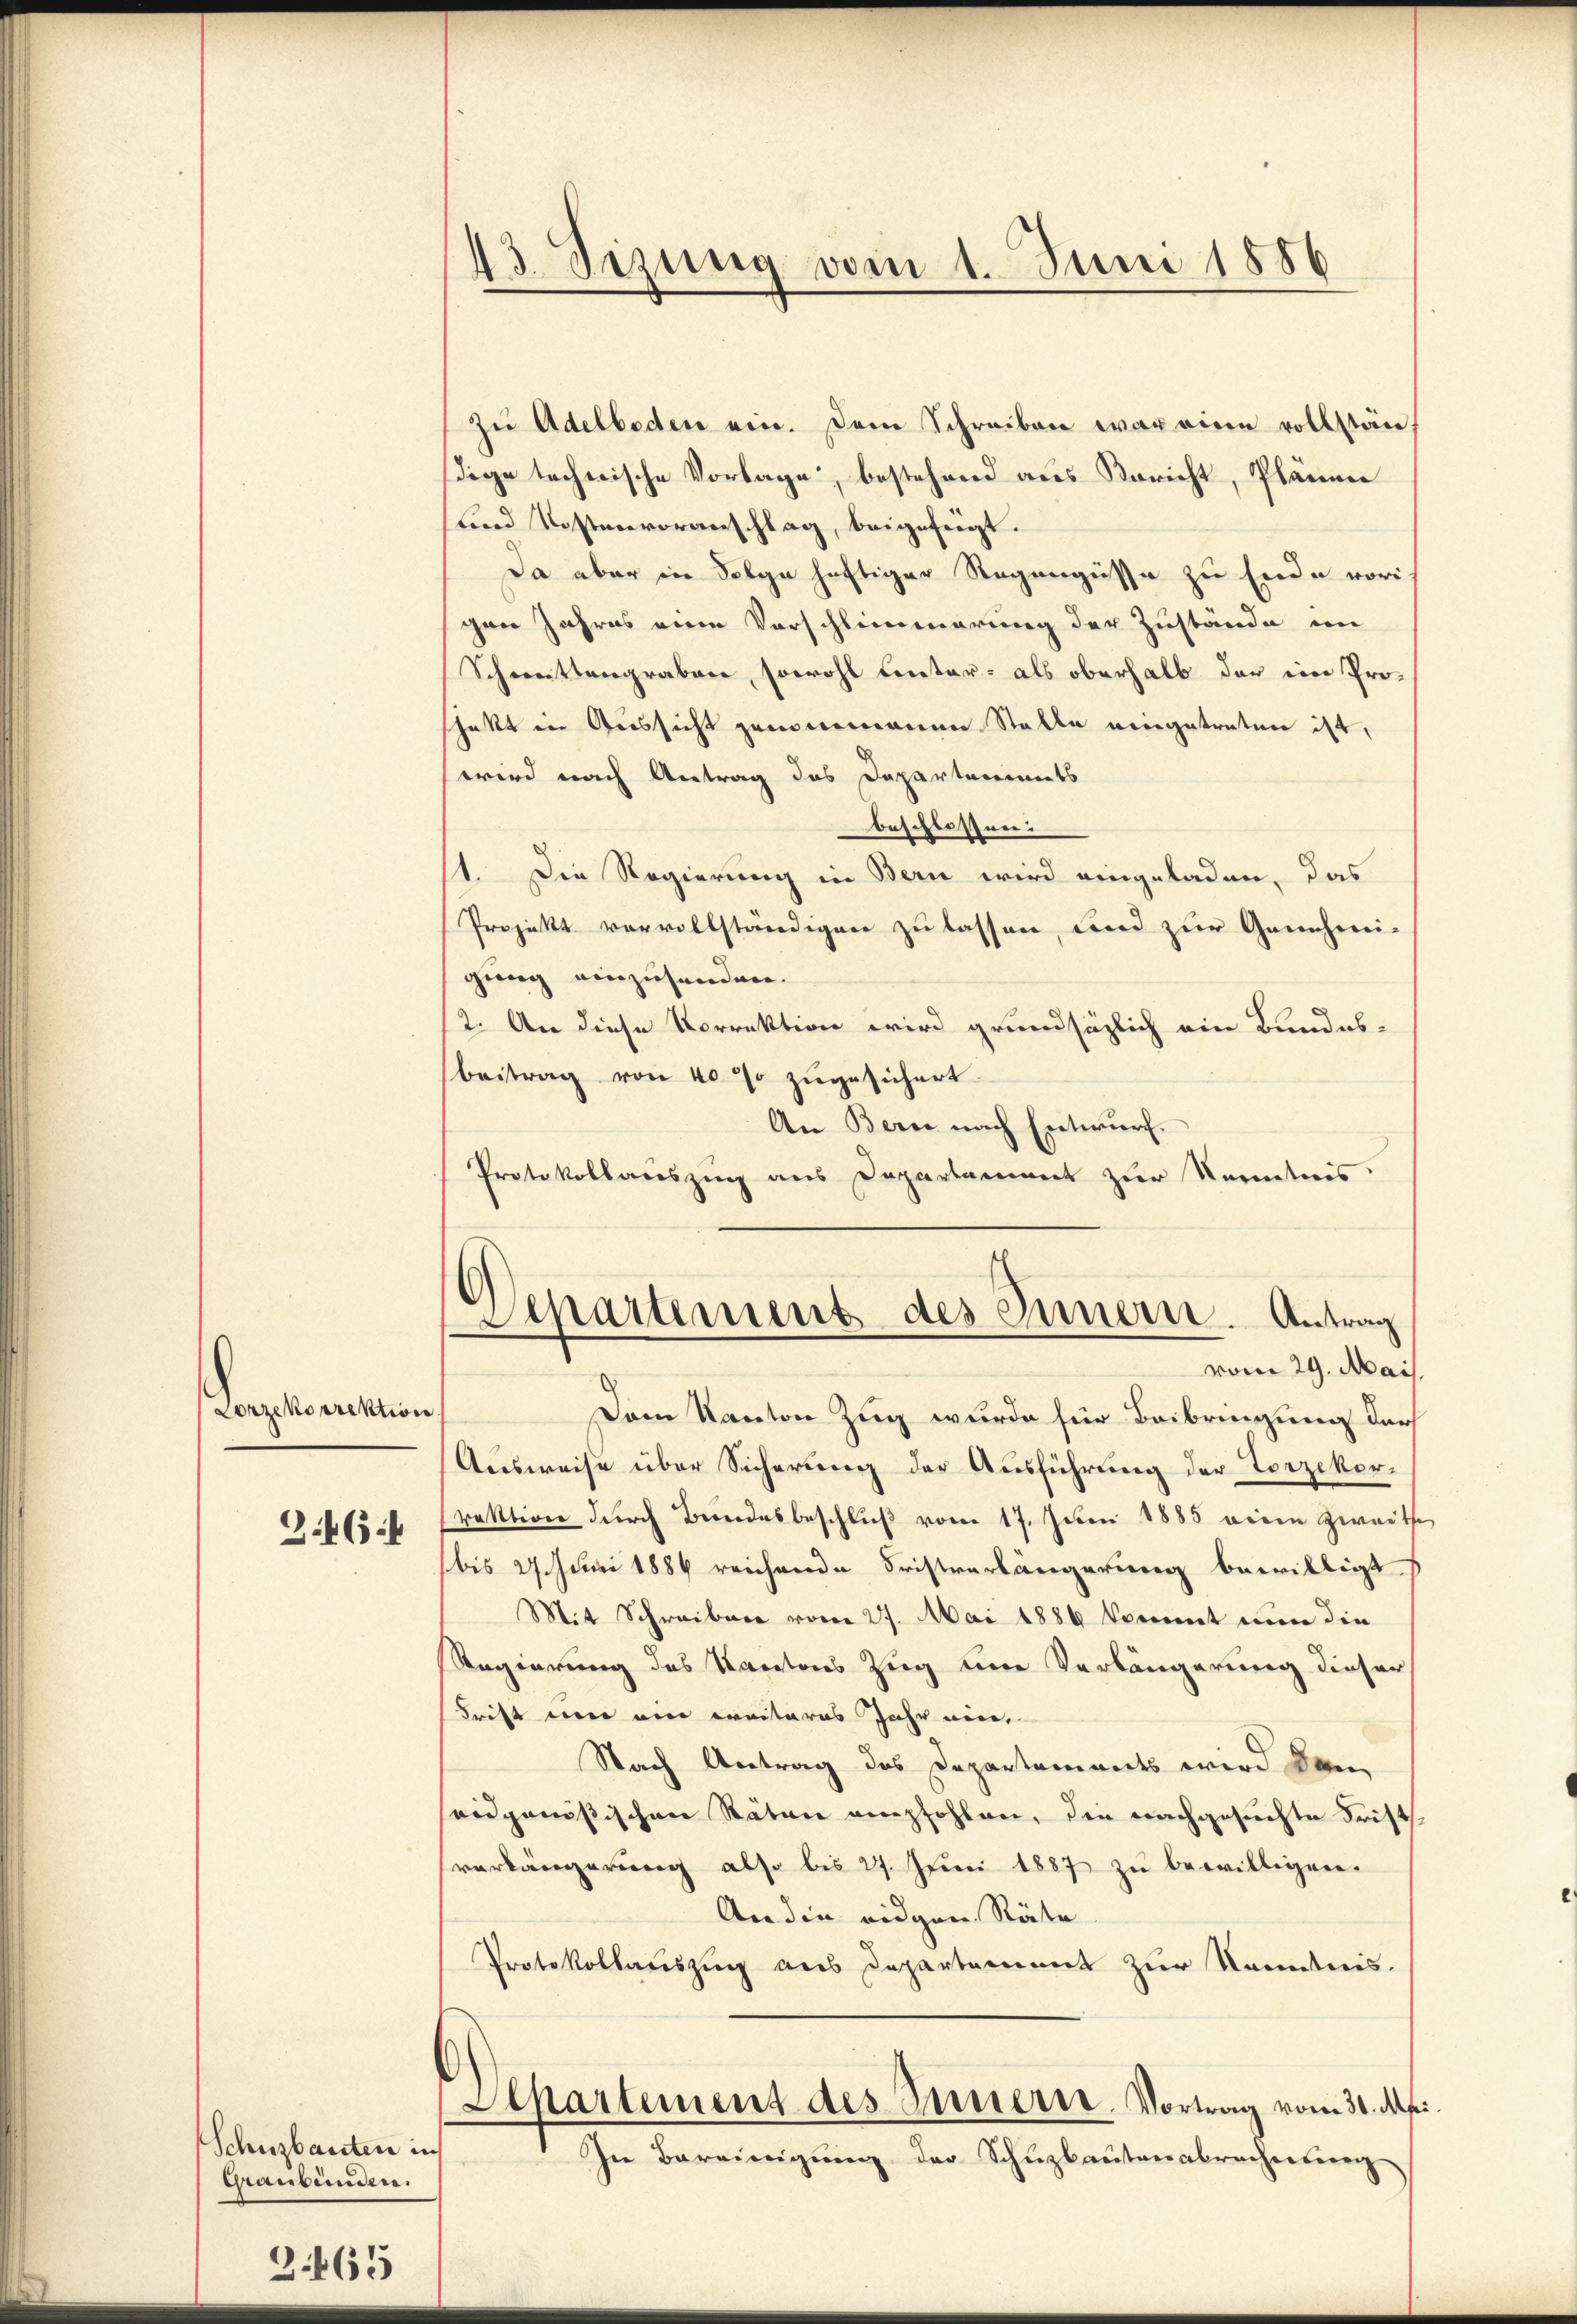
43. Sizung vom 1. Juni 1886

zu Adelboden ein. Dem Schreiben war eine vollständige technische Vorlage, bestehend aus Bericht, Plänner
Lind Kostenvoranschlag, beigefügt.
Da aber in Folge heftiger Regengüsse zu Ende vori
gen Jahres eine Vorschlimmerung der Zustände im
Schmittengraben, sowohl unter- als oberhalb der eine Proschakt in Aussicht genommenen Stelle neingetreten ist,
wird nach Antrag das Departements
beschlossen:
st. Die Regierung in Bern wird eingeladen, das
Projekt vervollständigen zu lassen, und zur Genehmi-
gung einzusenden.
(2. An diese Vorrektion wird grundsätzlich ein Bundes-
beitrag von 40 so zugesichert
An Berne nach Entwurf.
Protokollauszung aus Departament zur Kenntnis
Aipartement des Innern. Antrag
vom 29. Mai.
Dem Kanton Zug wurde für Beibringung der
Ausweise über Sicherung der Ausführung der Torzekorraktion durch Beendesbeschluß vom 17. Juni 1885 wegen zweite
bis 27. Juni 1884 reichende Fristverlängerung bewilligt,
Mit Schreiben vom 27. Mai 1886 kommt nun die
Regierung des Kantons Zug um Verlängerung dieser
dritt um ein weiteres Jahr ein,
Nach Antrag des Departements wird dem
seidgenößischen Stäten empfohlen, die nachgesuchte Frist
verlängerung also bis 27. Juni 1887 zu bewilligen.
An die eidgen Räte
Protokollauszug aus Departement zur Kenntnis.
Separtement des Innerst. Vortrag vom 30. Api
In Bereinigung der Schuzbautenabrachenberg

Lenzckorrektion

3.464

Schnzbauten in
Graubünden.

3.465